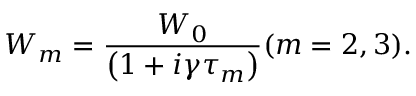
W _ { m } = \frac { W _ { 0 } } { \left( 1 + i \gamma \tau _ { m } \right) } ( m = 2 , 3 ) .